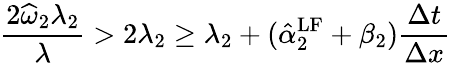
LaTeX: \frac{2\widehat{\omega}_{2}\lambda_{2}}{\lambda}>2\lambda_{2}\geq\lambda_{2}+(\hat{\alpha}_{2}^{\mathrm{{LF}}}+\beta_{2})\frac{\Delta t}{\Delta x}